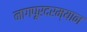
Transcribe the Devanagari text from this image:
नागपूरदरम्यान